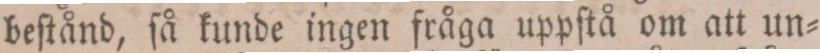
beſtånd, ſå kunde ingen fråga uppſtå om att un=